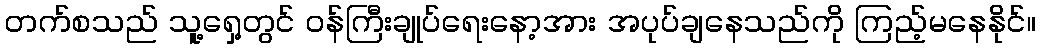
တက်စသည် သူ့ရှေ့တွင် ဝန်ကြီးချုပ်ရေးနော့အား အပုပ်ချနေသည်ကို ကြည့်မနေနိုင်။